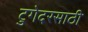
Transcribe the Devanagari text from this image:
टुगेदरसाठी